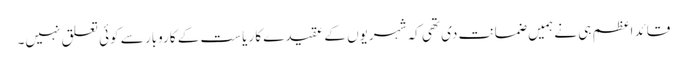
قائد اعظم ہی نے ہمیں ضمانت دی تھی کہ شہریوں کے عقیدے کا ریاست کے کاروبار سے کوئی تعلق نہیں۔